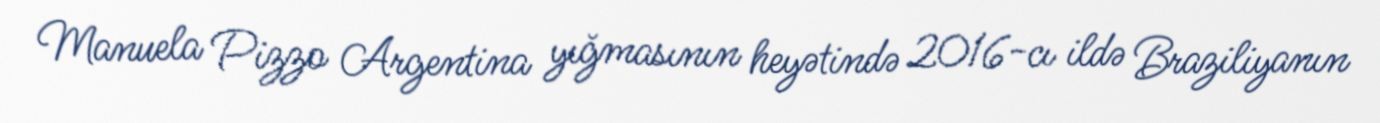
Manuela Pizzo Argentina yığmasının heyətində 2016-cı ildə Braziliyanın